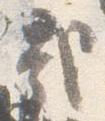
哉